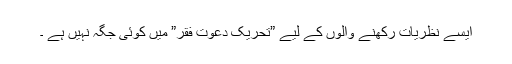
ایسے نظریات رکھنے والوں کے لیے ”تحریک دعوتِ فقر” میں کوئی جگہ نہیں ہے ۔